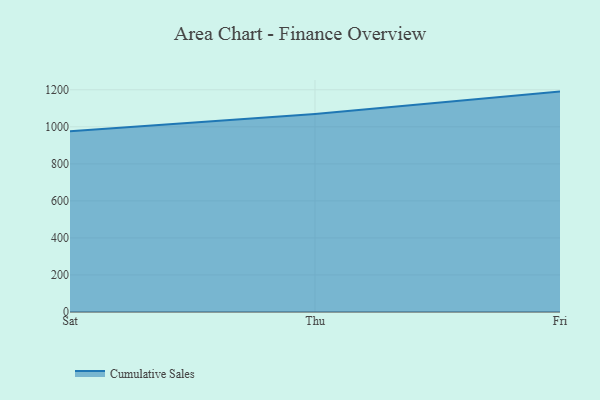
{"axis": {"x": "Day", "y": "Inventory Turnover"}, "legend": ["Cumulative Sales"], "data": [{"x": "Sat", "y": 975.7, "type": "Cumulative Sales"}, {"x": "Thu", "y": 1069.8, "type": "Cumulative Sales"}, {"x": "Fri", "y": 1190.1, "type": "Cumulative Sales"}]}